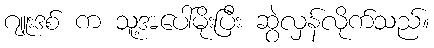
ဂျူးဒစ် က သူ့အပေါ်မိုးပြီး ဆွဲလှန်လိုက်သည်။